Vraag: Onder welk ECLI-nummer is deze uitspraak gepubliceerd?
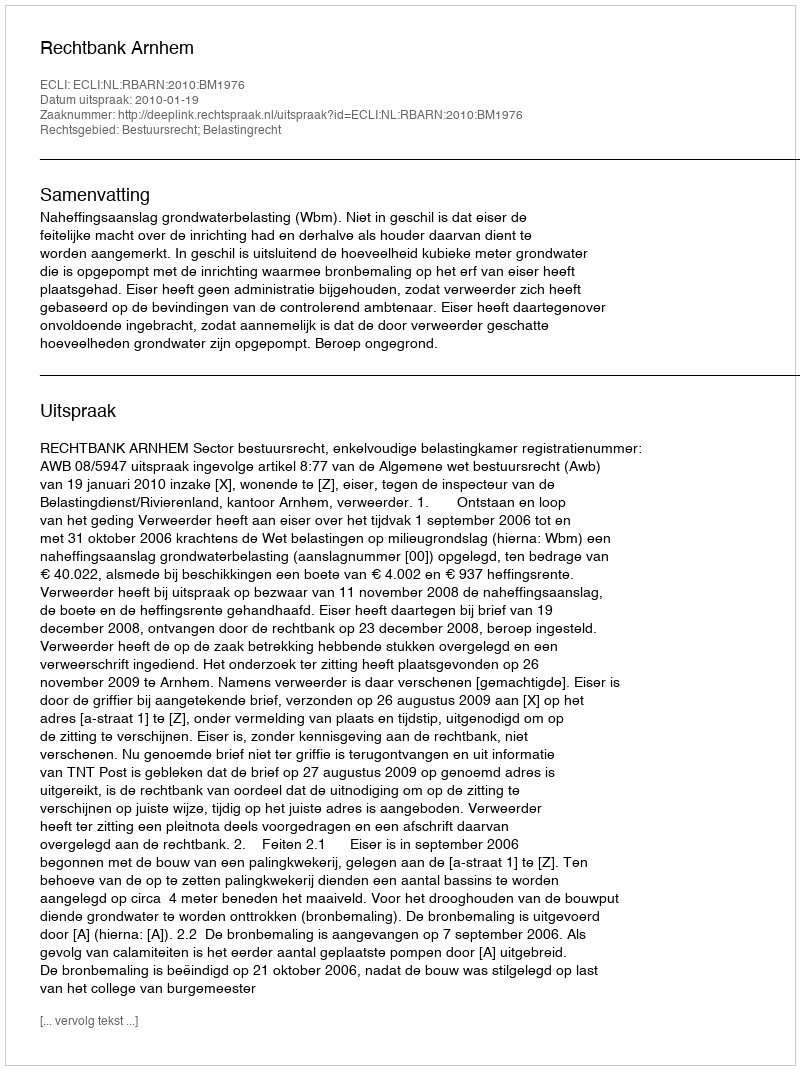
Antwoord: ECLI:NL:RBARN:2010:BM1976